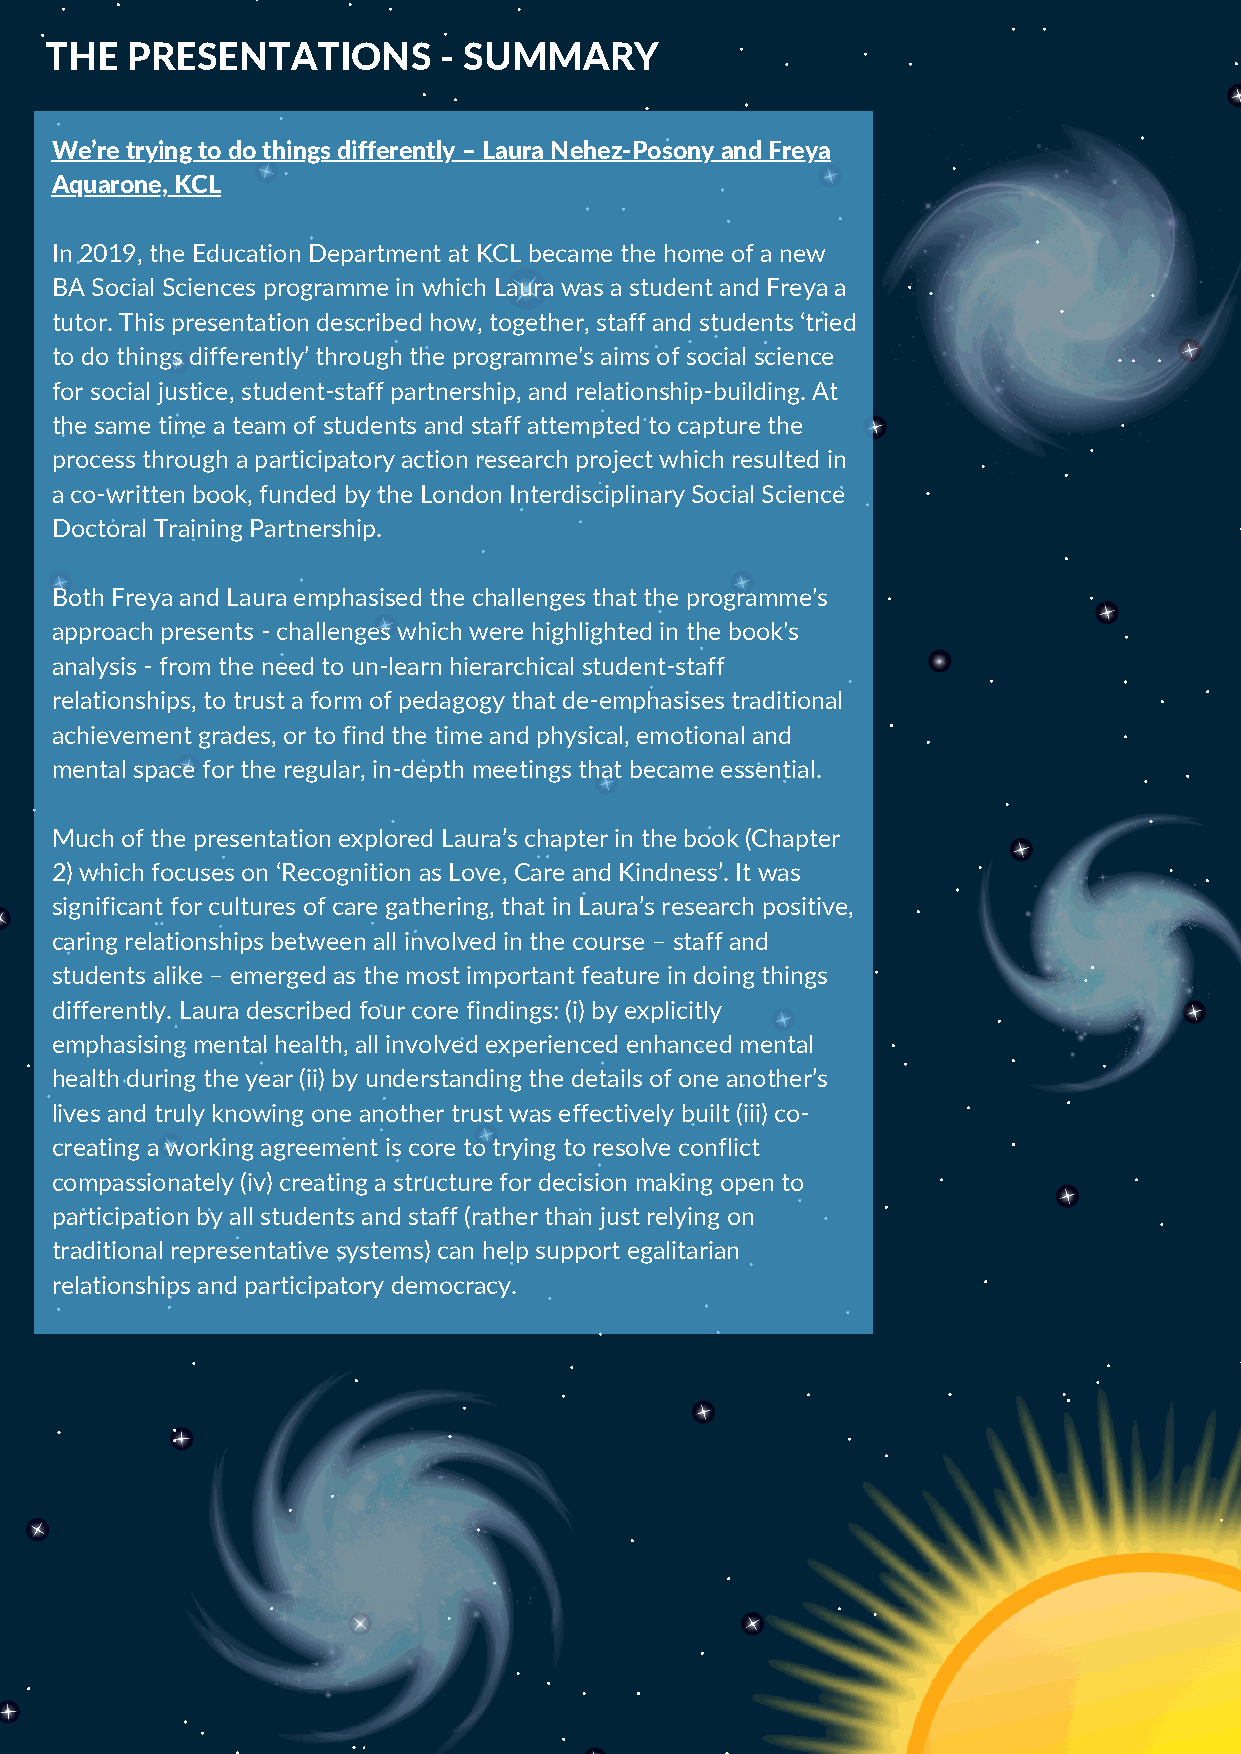
THE  PRESENTATIONS        - SUMMARY
 We’re trying to do things differently – Laura Nehez-Posony and Freya
 Aquarone, KCL
 In 2019, the Education Department at KCL became the home of a new
 BA Social Sciences programme in which Laura was a student and Freya a
 tutor. This presentation described how, together, staff and students ‘tried
 to do things differently’ through the programme's aims of social science
 for social justice, student-staff partnership, and relationship-building. At
 the same time a team of students and staff attempted to capture the
 process through a participatory action research project which resulted in
 a co-written book, funded by the London Interdisciplinary Social Science
 Doctoral Training Partnership.
 Both Freya and Laura emphasised the challenges that the programme's
 approach presents - challenges which were highlighted in the book's
 analysis - from the need to un-learn hierarchical student-staff
 relationships, to trust a form of pedagogy that de-emphasise s traditional
 achievement grades, or to find the time and physical, emotional and
 mental space for the regular, in-depth meetings that became essential.
 Much of the presentation explored Laura’s chapter in the book (Chapter
 2) which focuses on ‘Recognition as Love, Care and Kindness’. It was
 significant for cultures of care gathering, that in Laura’s research positive,
 caring relationships between all involved in the course – staff and
 students alike – emerged as the most important feature in doing things
 differently. Laura described four core findings : (i) by explicitly
 emphasising mental health, all involved experienced enhanced mental
 health during the year (ii) by understanding the details of one another’s
 lives and truly knowing one another trust was effectively built (iii) co-
 creating a working agreement is core to trying to resolve conflict
 compassionately (iv) creating a structure for decision making open to
 participation by all students and staff (rather than just relying on
 traditional representative systems) can help support egalitarian
 relationships and participatory democracy.